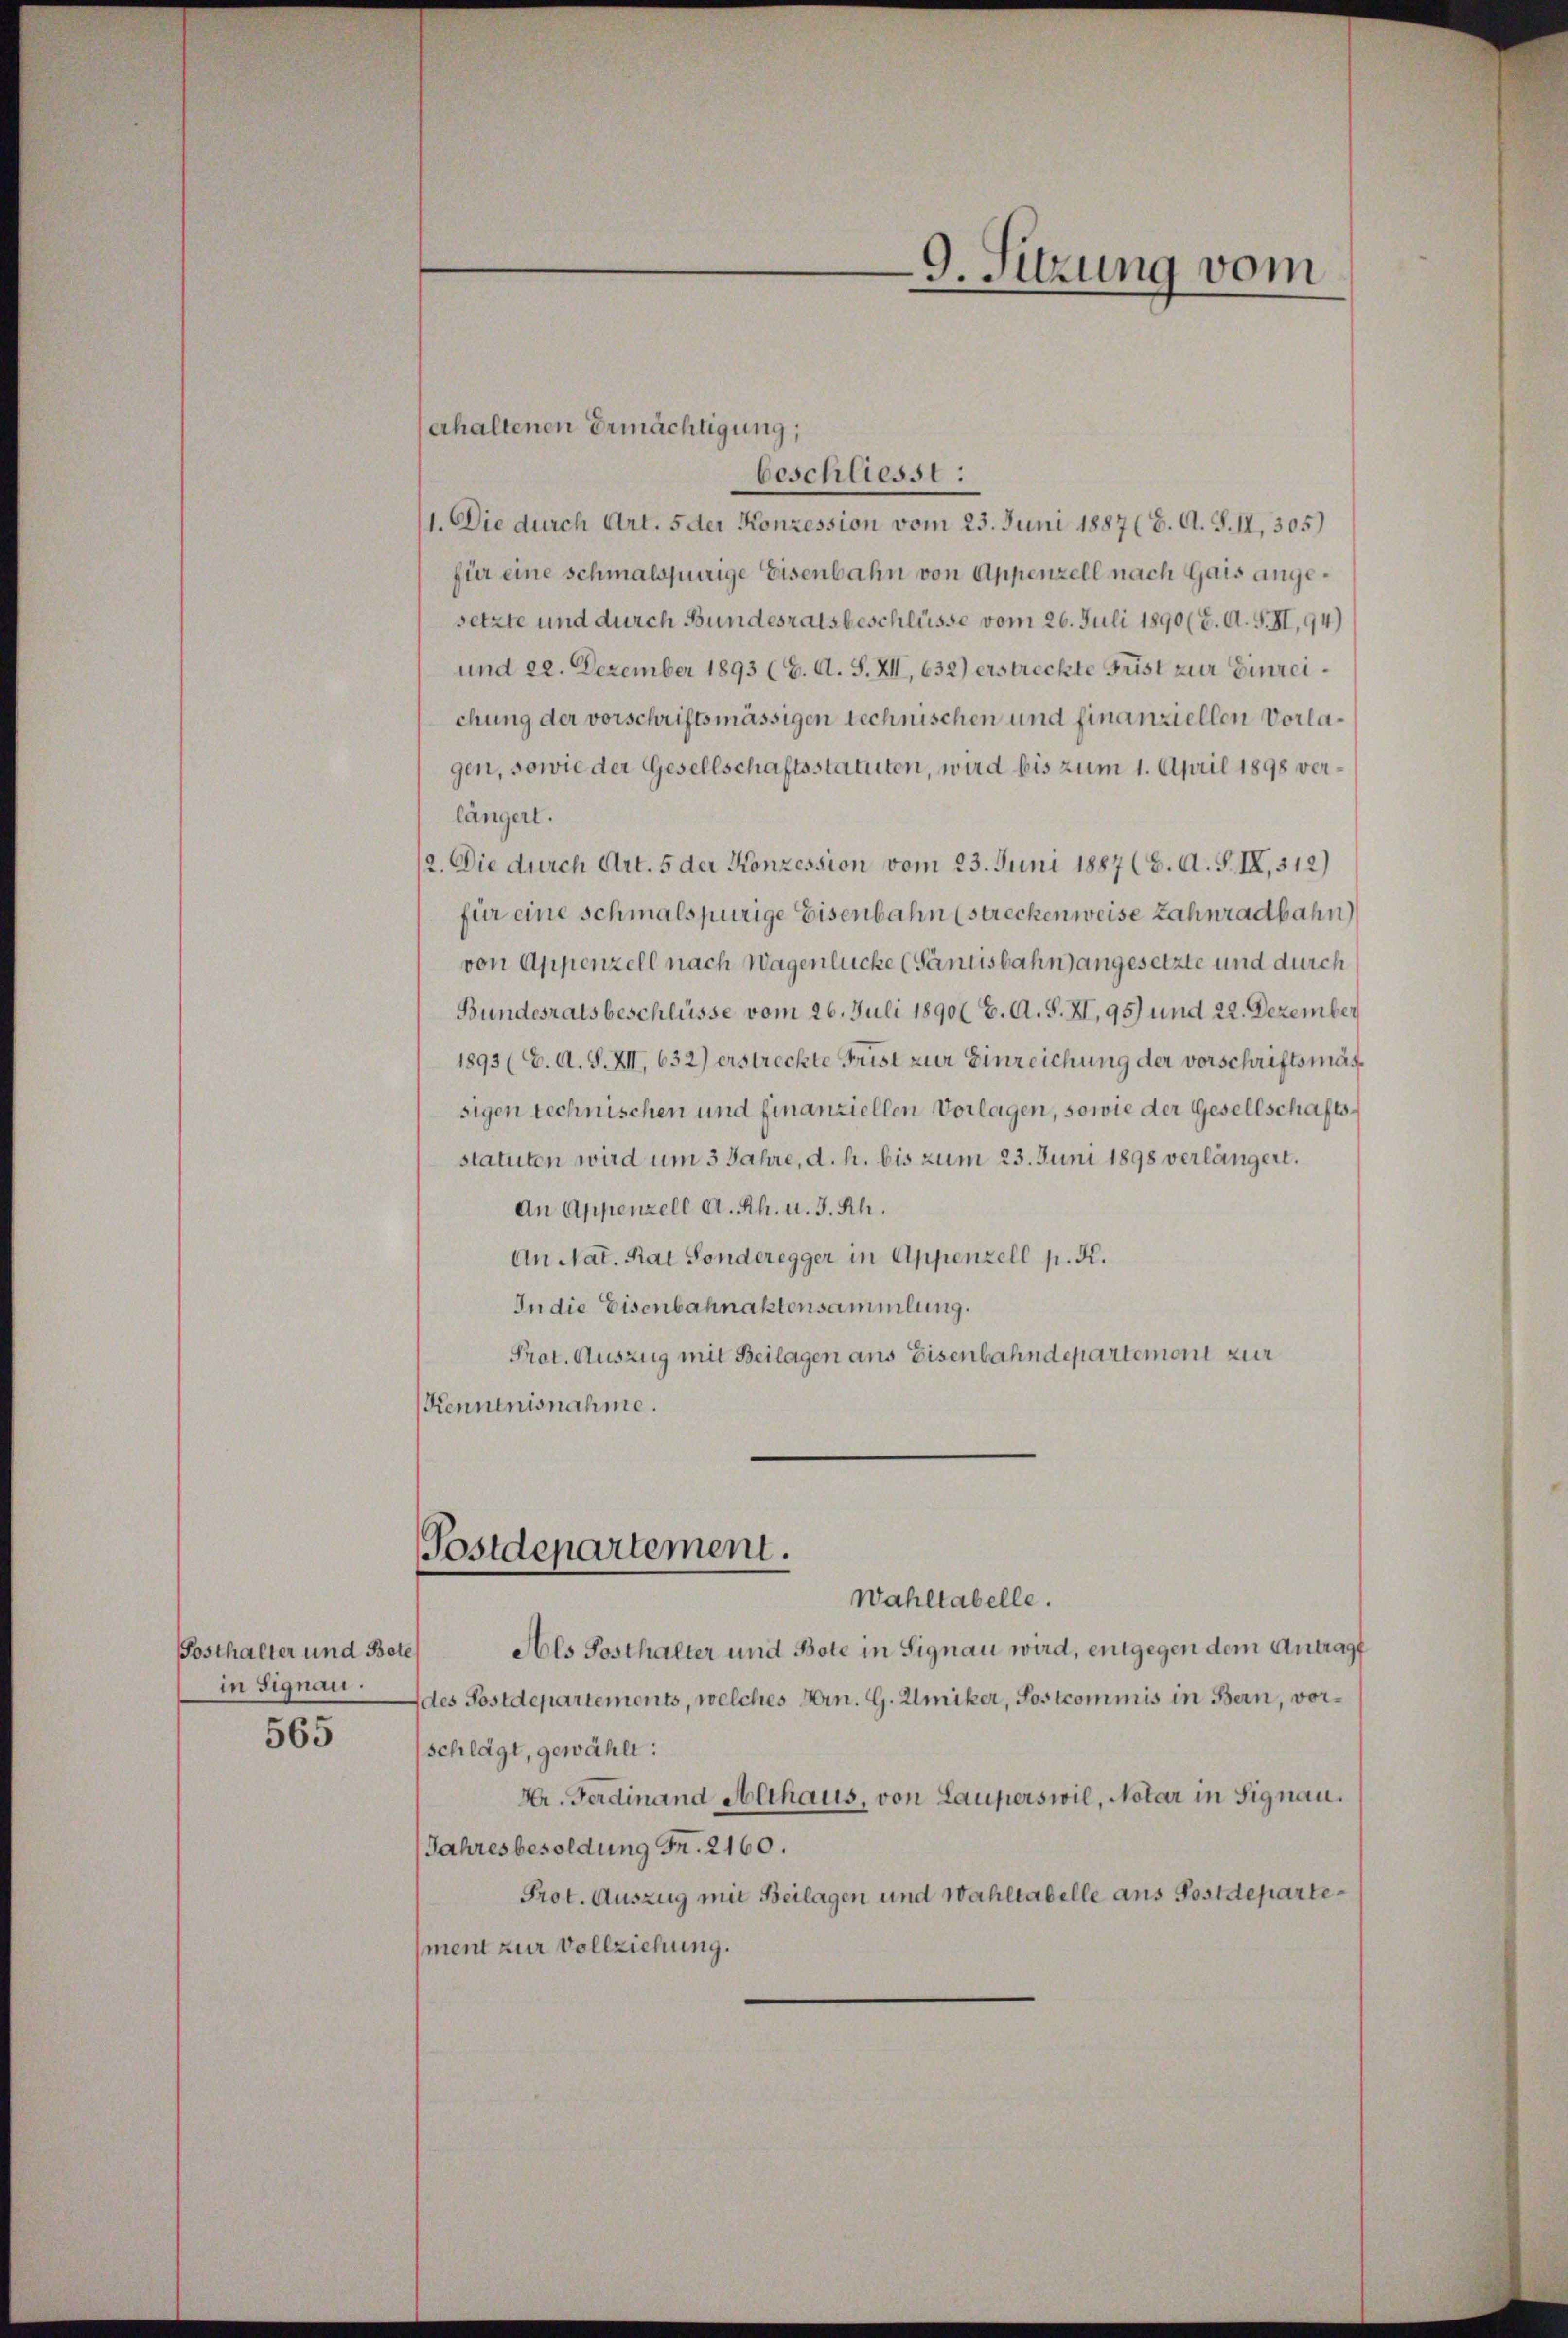
Posthalter und Bete
in Signau.
565

erhaltenen Ermächtigung,
beschliesst:
1. Die durch Art. 5 der Konzession vom 23. Juni 1887 (6. A. S. II, 305)
für eine schmalspurige Eisenbahn von Appenzell nach Gais angesetzte und durch Bundesratsbeschlüsse vom 26. Juli 1890 (E. A. S. XI, 94)
und 22. Dezember 1893 (C. A. S. XII, 632) erstreckte Frist zur Einreichung der vorschriftsmässigen technischen und finanziellen Vorlagen, sowie der Gesellschaftsstatuten, wird bis zum 1. April 1898 verlängert.
12. Die durch Art. 5 der Konzession vom 23. Juni 1887 (8. A. S. IX, 312)
für eine schmalspurige Eisenbahn (streckenweise Zahnradbahn
von Appenzell nach Wagenlücke (Tantisbahn angesetzte und durch
Bundesratsbeschlüsse vom 26. Juli 1890( 6. A. S. XI, 95) und 22. Dezember
1893 (C. A. S. XII, 632) erstreckte Frist zur Einreichung der vorschriftsmäßsigen technischen und finanziellen Vorlagen, sowie der Gesellschaftsstatuten wird um 3 Jahre, d. h. bis zum 23. Juni 1898 verlängert.
An Appenzell A. Rh. u. 3. Rh.
An Nat. Rat Sonderegger in Appenzell p. K.
In die Eisenbahnaktensammlung.
Prot. Auszug mit Beilagen ans Eisenbahndepartemont zur
Kenntnisnahme.

Postdepartement.

Wahltabelle.
Als Posthalter und Bote in Signau wird, entgegen dem Antragt
des Postdepartements, welches Hrn. G. Umiker, Postcommis in Bern, vorschlägt, gewählt:
Vr. Ferdinand Althaus, von Lauperswil, Notar in Signau.
Jahresbesoldung Fr. 2160.
Prot. Auszug mit Beilagen und Wahllabelle aus Postdepartement zur Vollziehung.

9. Sitzung vom